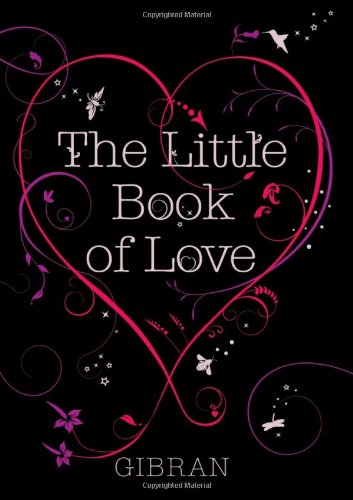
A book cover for The Little Book of Love; Kahlil Gibran; Literature & Fiction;